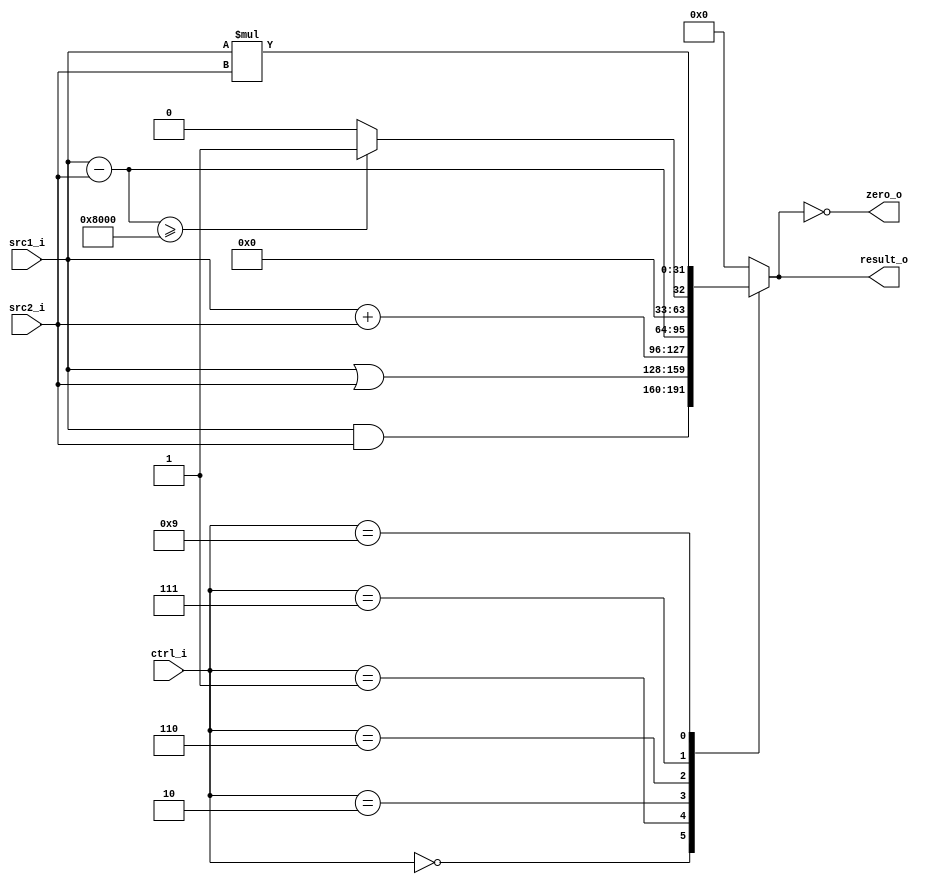
// 0516022 

//Subject:     CO project 2 - ALU
//--------------------------------------------------------------------------------
//Version:     1
//--------------------------------------------------------------------------------
//Writer:  Luke
//----------------------------------------------
//----------------------------------------------
//Description: 
//--------------------------------------------------------------------------------

module ALU(
    src1_i,
	src2_i,
	ctrl_i,
	result_o,
	zero_o
	);
     
//I/O ports
input  [32-1:0]  src1_i;
input  [32-1:0]	 src2_i;
input  [4-1:0]   ctrl_i;

output [32-1:0]	 result_o;
output           zero_o;

//Internal signals
reg    [32-1:0]  result_o;
wire             zero_o;
//Parameter

assign zero_o = (result_o==0);

//Main function
always@(*)begin
	case(ctrl_i)
		0: result_o <= src1_i & src2_i;	//and
		1: result_o <= src1_i | src2_i;	//or
		2: result_o <= src1_i + src2_i;	//add,addi,lw,sw
		6: result_o <= src1_i - src2_i;	//sub,beq
		7: result_o <= (src1_i - src2_i) >= 32'h8000 ? 1 : 0;	//slt,slti
		9: result_o <= src1_i * src2_i; //mult
		default: result_o <= 0;
	endcase
end

endmodule